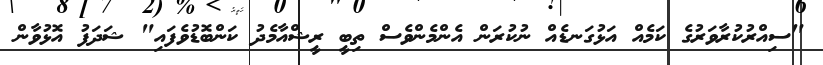
"ސިއްރުކުރާވަރުގެ ކަމެއް އަޅުގަނޑެއް ނުކުރަން އެންމެންވެސް ތިބީ ރީޝްއާމެދު ކަންބޮޑުވެފައި" ޝަދަފު އޮޅުވާން